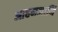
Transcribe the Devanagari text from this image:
आहमजानि